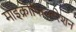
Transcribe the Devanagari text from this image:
माइक्रोफिल्टरेशन